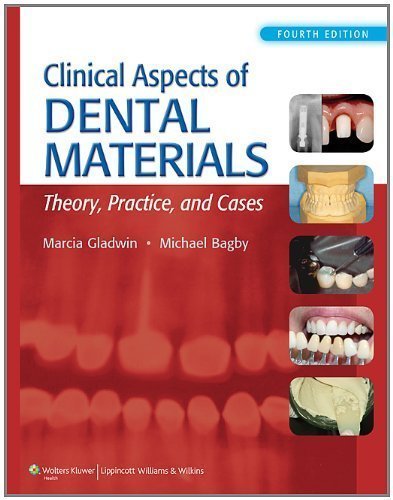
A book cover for Clinical Aspects of Dental Materials 4th (fourth) Edition by Gladwin RDH EdD, Marcia, Bagby, Michael (2012); Medical Books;